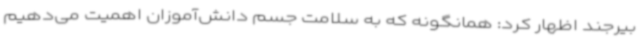
بیرجند اظهار کرد: همانگونه که به سلامت جسم دانش‌آموزان اهمیت می‌دهیم